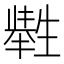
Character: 𤯶